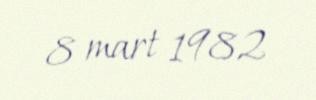
8 mart 1982